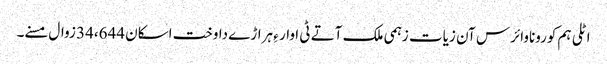
اٹلی ہم کوروناوائرس آن زیات زہمی ملک آتے ٹی اوار ءِ ہراڑے داوخت اسکان 34،644 زوال مسنے۔